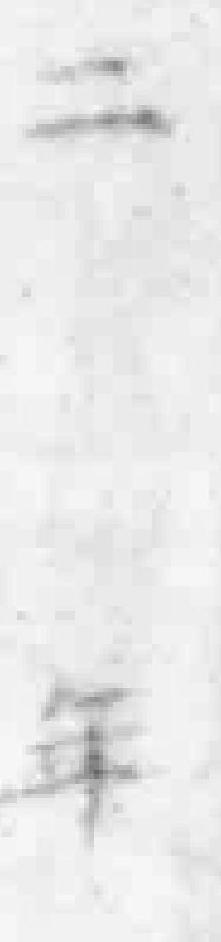
二年